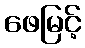
ဖေမြင့်